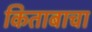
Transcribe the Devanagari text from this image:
किताबाचा